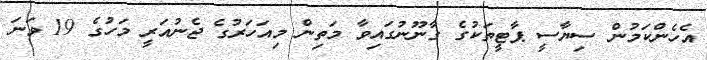
އެހެންކަމުން ސިޔާސީ ޕާޓީތަކުގެ ގާނޫނުގައިވާ މަތިން މިއަހަރުގެ ޖެނުއަރީ މަހުގެ 19 ވަނަ